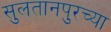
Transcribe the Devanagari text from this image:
सुलतानपुरच्या